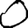
Digit: 0